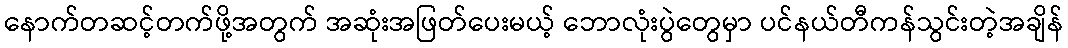
နောက်တဆင့်တက်ဖို့အတွက် အဆုံးအဖြတ်ပေးမယ့် ဘောလုံးပွဲတွေမှာ ပင်နယ်တီကန်သွင်းတဲ့အချိန်